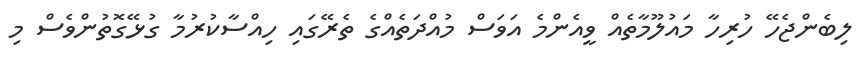
ލިބެންޖެހޭ ހުރިހާ މައުލޫމާތެއް ވީއެންމެ އަވަސް މުއްދަތެއްގެ ތެރޭގައި ހިއްސާކުރުމާ ގުޅޭގޮތުންވެސް މި